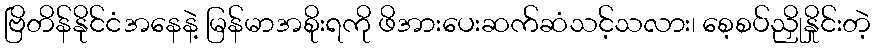
ဗြိတိန်နိုင်ငံအနေနဲ့ မြန်မာအစိုးရကို ဖိအားပေးဆက်ဆံသင့်သလား၊ စေ့စပ်ညှိုနှိုင်းတဲ့